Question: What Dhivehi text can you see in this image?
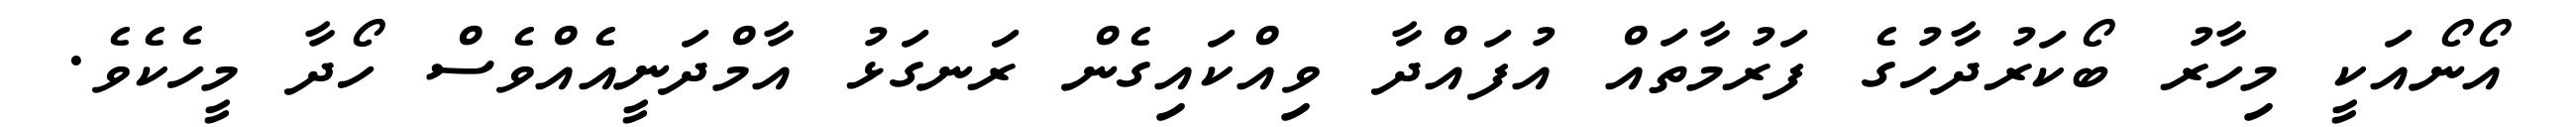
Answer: އޯނޯއަކީ މިހާރު ބޯކަރުދާހުގެ ފަރުމާތައް އުފައްދާ ވިއްކައިގެން ރަނގަޅު އާމްދަނީއެއްވެސް ހޯދާ މީހެކެވެ.